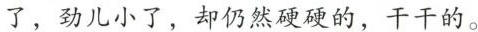
了，劲儿小了，却仍然硬硬的，干干的。